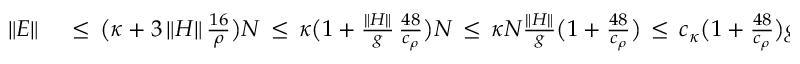
\begin{array} { r l } { \| E \| } & { { } \, \leq \, \big ( \kappa + 3 \, \| H \| \, \frac { 1 6 } { \rho } \big ) N \, \leq \, \kappa \big ( 1 + \frac { \| H \| } { g } \, { \frac { 4 8 } { c _ { \rho } } } \big ) N \, \leq \, \kappa N \frac { \| H \| } { g } { \big ( 1 + \frac { 4 8 } { c _ { \rho } } \big ) } \, \leq \, c _ { \kappa } { \big ( 1 + \frac { 4 8 } { c _ { \rho } } \big ) } g ^ { 2 } \; , } \end{array}